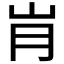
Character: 𰎋